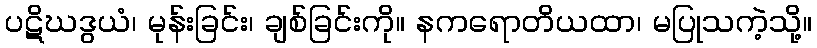
ပဋိဃဒွယံ၊ မုန်းခြင်း၊ ချစ်ခြင်းကို။ နကရောတိယထာ၊ မပြုသကဲ့သို့။